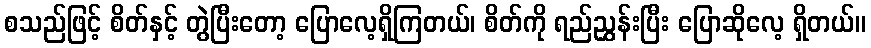
စသည်ဖြင့် စိတ်နှင့် တွဲပြီးတော့ ပြောလေ့ရှိကြတယ်၊ စိတ်ကို ရည်ညွှန်းပြီး ပြောဆိုလေ့ ရှိတယ်။